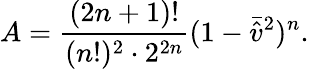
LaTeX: A=\frac{(2n+1)!}{(n!)^{2}\cdot 2^{2n}}(1-\bar{\hat{v}}^{2})^{n}.